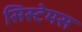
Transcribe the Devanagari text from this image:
सिस्टेमस